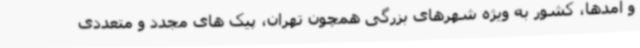
و آمدها، کشور به ویژه شهرهای بزرگی همچون تهران، پیک های مجدد و متعددی